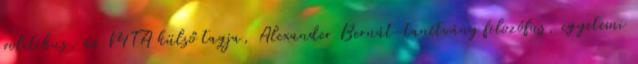
politikus, az MTA külső tagja, Alexander Bernát-tanítvány filozófus, egyetemi